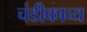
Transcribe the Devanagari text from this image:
चंडीकाव्य